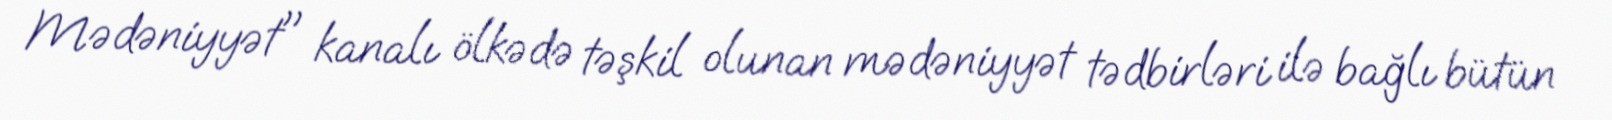
Mədəniyyət" kanalı ölkədə təşkil olunan mədəniyyət tədbirləri ilə bağlı bütün